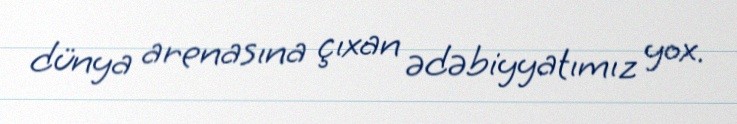
dünya arenasına çıxan ədəbiyyatımız yox.